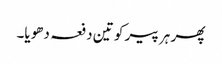
پھر ہر پیر کو تین دفعہ دھویا۔